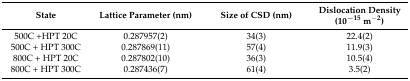
<table><thead><tr><td><b>State</b></td><td><b>Lattice Parameter (nm)</b></td><td><b>Size of CSD (nm)</b></td><td><b>Dislocation Density (10<sup>−15</sup> m<sup>−2</sup>)</b></td></tr></thead><tbody><tr><td>500C +HPT 20C</td><td>0.287957(2)</td><td>34(3)</td><td>22.4(2)</td></tr><tr><td>500C + HPT 300C</td><td>0.287869(11)</td><td>57(4)</td><td>11.9(3)</td></tr><tr><td>800C + HPT 20C</td><td>0.287802(10)</td><td>36(3)</td><td>10.5(4)</td></tr><tr><td>800C + HPT 300C</td><td>0.287436(7)</td><td>61(4)</td><td>3.5(2)</td></tr></tbody></table>